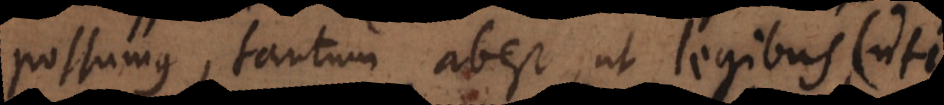
possumus, tantum abest, ut legibus (uti